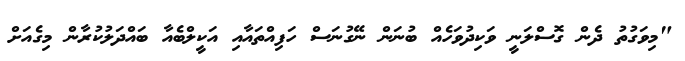
"މިވަގުތު ދެން ގޮސްލަނީ ވަކިދުވަހެއް ބުނަން ނޭގުނަސް ހަފިއްތައާއި އަކީލްބެއާ ބައްދަލުކުރާން މިގެއަށް